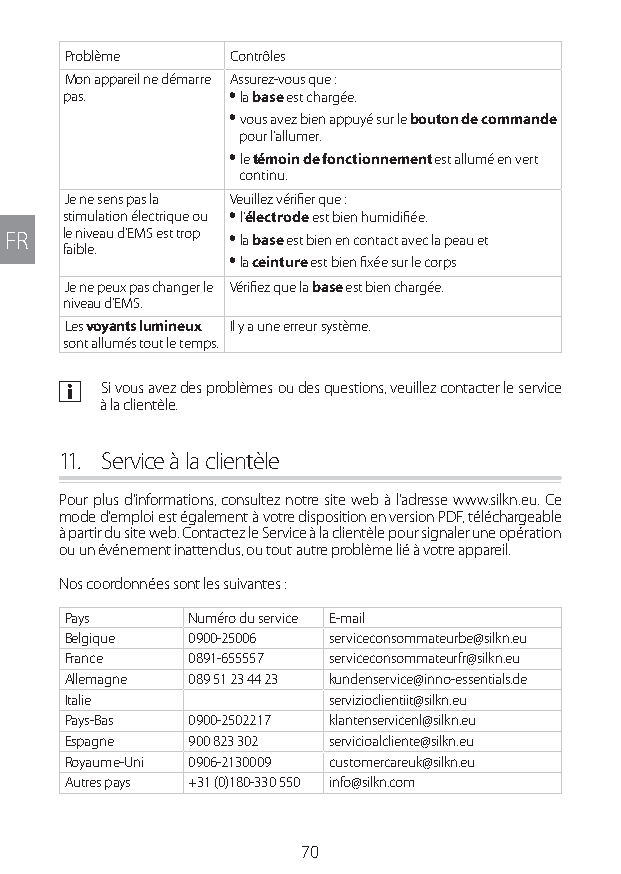
Problème   Contrôles
 Mon appareil ne démarre Assurez-vous que :
 pas.       y la base est chargée.
 y vous avez bien appuyé sur le bouton de commande
 pour l’allumer.
 y le témoin de fonctionnement est allumé en vert
 continu.
 Je ne sens pas la Veuillez vérifier que :
 stimulation électrique ou y l’électrode est bien humidifiée.
 FR  le niveau d’EMS est trop y la base est bien en contact avec la peau et
 faible.
 y la ceinture est bien fixée sur le corps
 Je ne peux pas changer le Vérifiez que la base est bien chargée.
 niveau d’EMS.
 Les voyants lumineux Il y a une erreur système.
 sont allumés tout le temps.
 a Si vous avez des problèmes ou des questions, veuillez contacter le service
 à la clientèle.
 11. Service à la clientèle
 Pour plus d'informations, consultez notre site web à l’adresse www.silkn.eu. Ce
 mode d’emploi est également à votre disposition en version PDF, téléchargeable
 à partir du site web. Contactez le Service à la clientèle pour signaler une opération
 ou un événement inattendus, ou tout autre problème lié à votre appareil.
 Nos coordonnées sont les suivantes :
 Pays    Numéro du service E-mail
 Belgique 0900-25006 serviceconsommateurbe@silkn.eu
 France  0891-655557 serviceconsommateurfr@silkn.eu
 Allemagne 089 51 23 44 23 kundenservice@inno-essentials.de
 Italie           servizioclientiit@silkn.eu
 Pays-Bas 0900-2502217 klantenservicenl@silkn.eu
 Espagne 900 823 302 servicioalcliente@silkn.eu
 Royaume-Uni 0906-2130009 customercareuk@silkn.eu
 Autres pays +31 (0)180-330 550 info@silkn.com
 70
 Lipo UM EU124 3545B inside ALL EU124 ED296-24 release.indd 70 14/08/2018 10:57:36